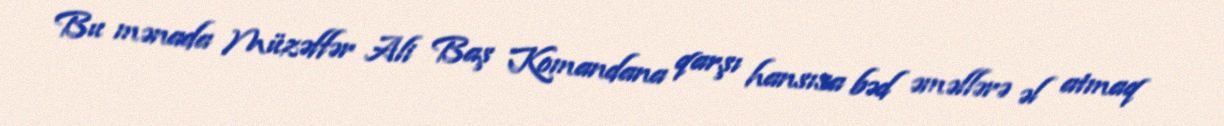
Bu mənada Müzəffər Ali Baş Komandana qarşı hansısa bəd əməllərə əl atmaq